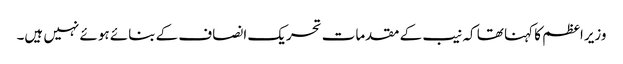
وزیراعظم کا کہنا تھا کہ نیب کے مقدمات تحریک انصاف کے بنائے ہوئے نہیں ہیں۔